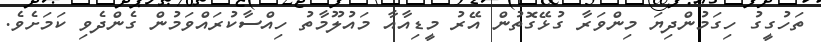
ތަހުގީގު ހިގަމުންދިޔަ މިންވަރާ ގުޅޭގޮތުން އޭރު މީޑިއާއާ މައުލޫމާތު ހިއްސާކުރައްވަމުން ގެންދެވި ކަމަށެވެ.